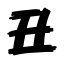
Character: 丑